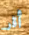
أقر